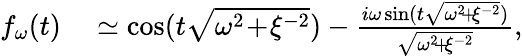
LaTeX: \begin{array}{rl}{f_{\omega}(t)}&{{}\simeq\cos(t\sqrt{\omega^{2}\! +\! \xi^{-2}})-\frac{i\omega\sin(t\sqrt{\omega^{2}\! +\! \xi^{-2}})}{\sqrt{\omega^{2}\! +\! \xi^{-2}}},}\end{array}